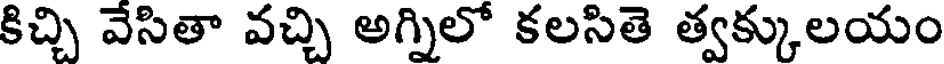
కిచ్చి వేసితా వచ్చి అగ్నిలో కలసితె త్వక్కులయం